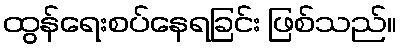
ထွန်ရေးစပ်နေရခြင်း ဖြစ်သည်။